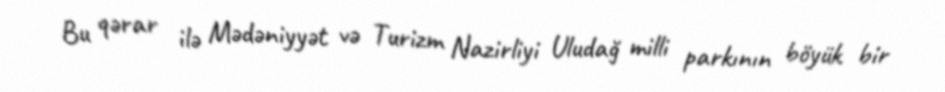
Bu qərar ilə Mədəniyyət və Turizm Nazirliyi Uludağ milli parkının böyük bir